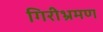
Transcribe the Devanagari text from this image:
गिरीभ्रमण